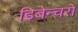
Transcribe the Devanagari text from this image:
डिबेन्‍चरों